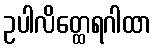
ဥပါလိတ္ထေရဂါထာ